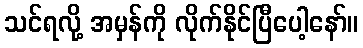
သင်ရလို့ အမှန်ကို လိုက်နိုင်ပြီပေါ့နော်။